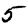
Digit: 5